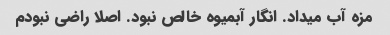
مزه آب میداد. انگار آبمیوه خالص نبود. اصلا راضی نبودم